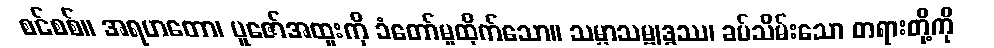
စင်စစ်။ အရဟတော၊ ပူဇော်အထူးကို ခံတော်မူထိုက်သော။ သမ္မာသမ္ဗုဒ္ဓဿ၊ ခပ်သိမ်းသော တရားတို့ကို